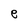
Character: e